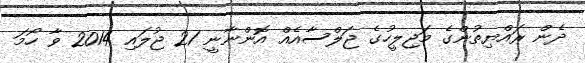
ދެން ރައްޔިތުންގެ މަޖިލީހުގެ ޖަލްސާއެއް އޮންނާނީ 21 ޖުލައި 2014 ވާ ހޯމަ